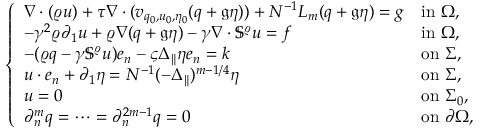
\left\{ \begin{array} { l l } { \nabla \cdot ( \varrho u ) + \tau \nabla \cdot ( v _ { q _ { 0 } , u _ { 0 } , \eta _ { 0 } } ( q + \mathfrak { g } \eta ) ) + N ^ { - 1 } L _ { m } ( q + \mathfrak { g } \eta ) = g } & { \mathrm { i n ~ } \Omega , } \\ { - \gamma ^ { 2 } \varrho \partial _ { 1 } u + \varrho \nabla ( q + \mathfrak { g } \eta ) - \gamma \nabla \cdot \mathbb { S } ^ { \varrho } u = f } & { \mathrm { i n ~ } \Omega , } \\ { - ( \varrho q - \gamma \mathbb { S } ^ { \varrho } u ) e _ { n } - \varsigma \Delta _ { \| } \eta e _ { n } = k } & { \mathrm { o n ~ } \Sigma , } \\ { u \cdot e _ { n } + \partial _ { 1 } \eta = N ^ { - 1 } ( - \Delta _ { \| } ) ^ { m - 1 / 4 } \eta } & { \mathrm { o n ~ } \Sigma , } \\ { u = 0 } & { \mathrm { o n ~ } \Sigma _ { 0 } , } \\ { \partial _ { n } ^ { m } q = \cdots = \partial _ { n } ^ { 2 m - 1 } q = 0 } & { \mathrm { o n ~ } \partial \Omega , } \end{array} \right.